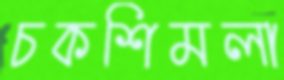
চকশিমলা